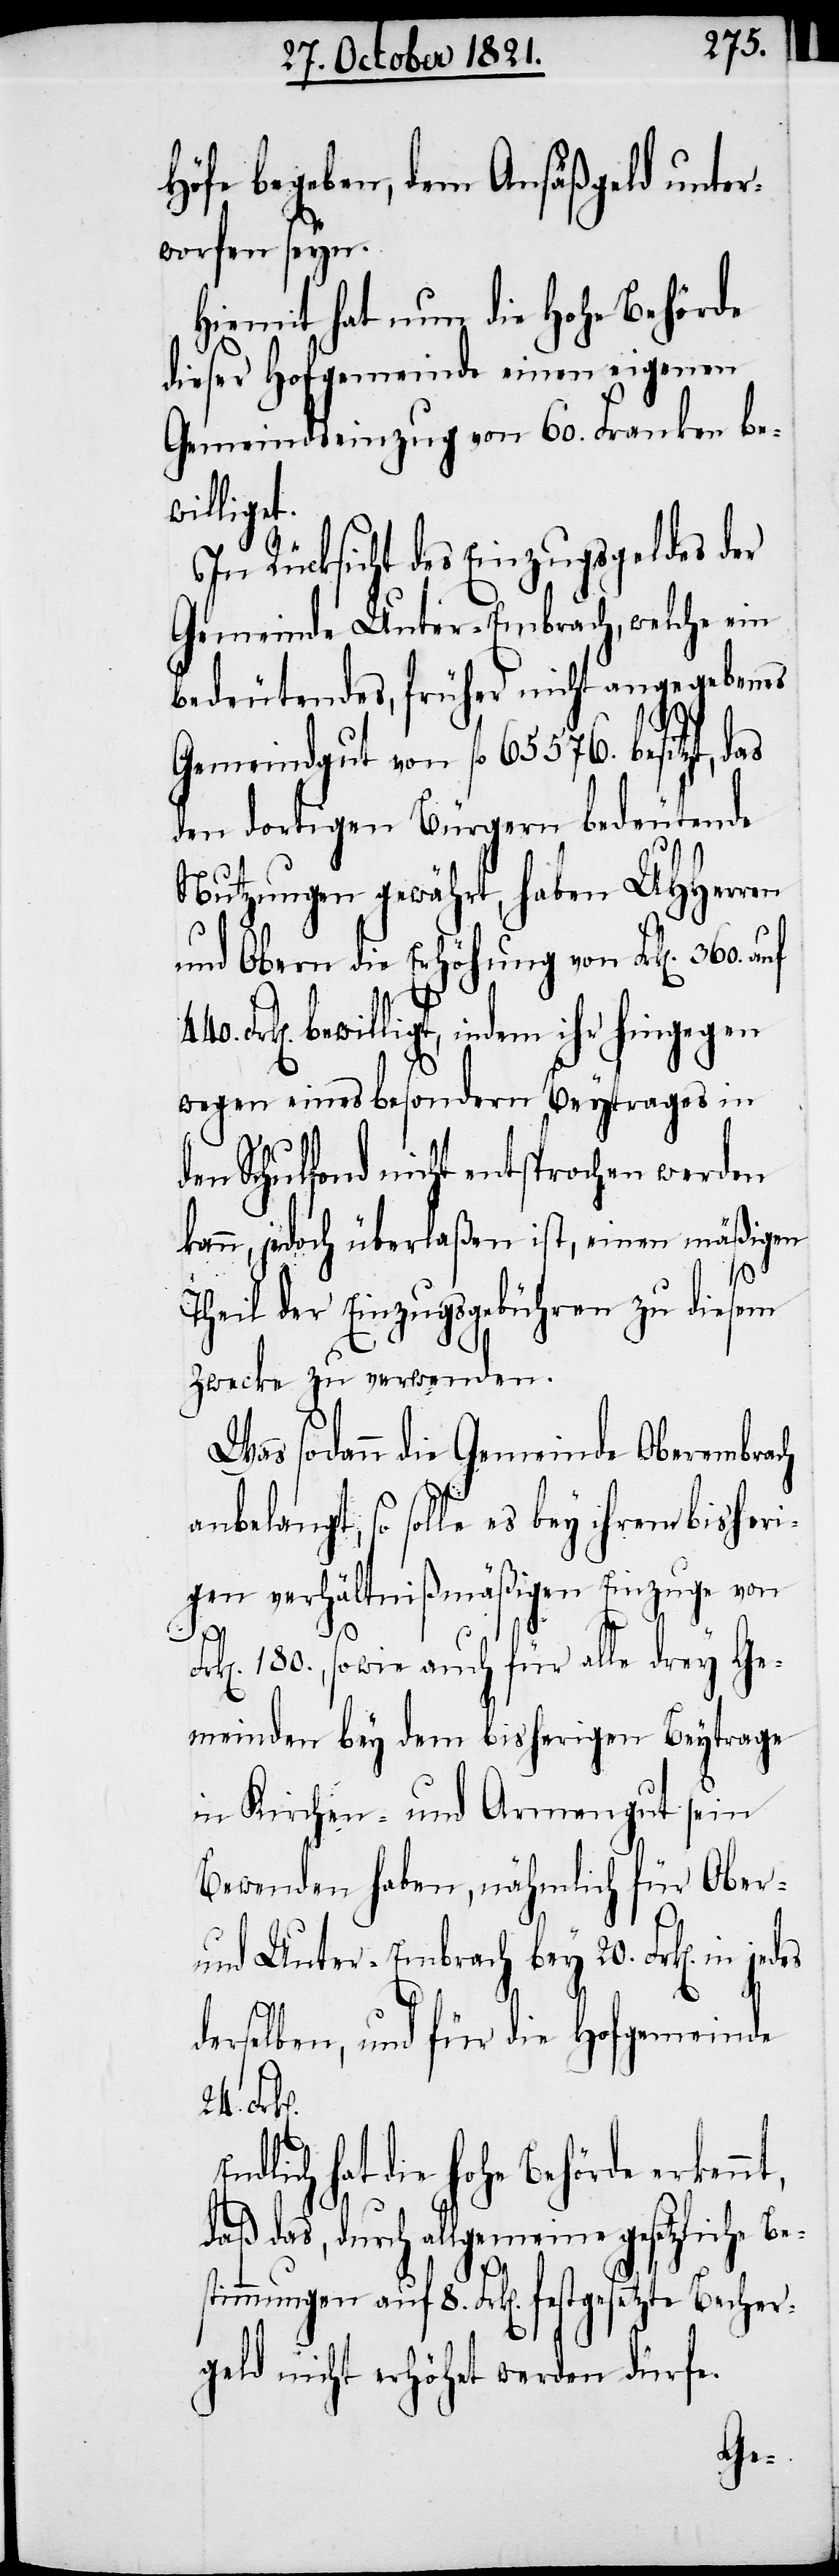
Höfe begeben, dem Ansäßgeld unter¬
worfen seyn.
Hiemit hat nun die hohe Behörde
dieser Hofgemeinde einen eigenen
Gemeindseinzug von 60. Frk[en]. be¬
willigt.
In Rücksicht des Einzugsgeldes der
Gemeinde Unter-Embrach, welche ein
bedeutendes, früher nicht angegebenes
Gemeindgut von fl. 65 576. besitzt,
den dortigen Bürgern bedeutende
Nutzung gewährt, haben UHHerren
und Obern die Erhöhung von Frk[en]. 360.
bewilligt, indem ihr hingegen
wegen eines besondern Beytrages in
en Schulfond nicht entsprochen werden
kann, jedoch überlaßen ist, einen mäßigen
Theil der Einzugsgebühren zu diesem
Zwecke zu verwenden.
Was sodann die Gemeinde Oberembrach
anbelangt, so solle es bey ihrem bisheri¬
gen verhältnißmäßigen Einzug von
n]. 180., sowie auch für alle drey Ge¬
meinden bey dem bisherigen Beytrage
in Kirchen- und Armengut sein
Bewenden haben, nähmlich für Ober-
und Unter-Embrach bey 20. Frk[en]. in
derselben, und für die Hofgemeinde
Becher¬
ndlich hat die hohe Behörde erken¬
daß das, durch allgemeine gesetzliche Be¬
nt,
stimmungen auf 8. Frk[en]. festgesetzte
geld nicht erhöht werden dürfe.